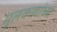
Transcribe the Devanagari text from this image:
मुलकणांच्या